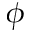
\phi